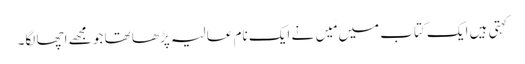
کہتی ہیں ایک کتاب میں مَیں نے ایک نام عالیہ پڑھا تھا جو مجھے اچھا لگا۔